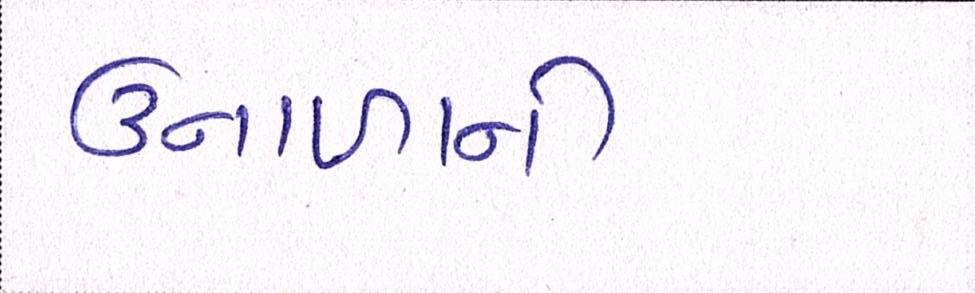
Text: ઉનાળાની